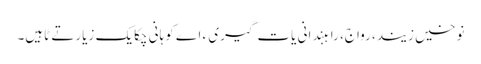
نوخیں زیند، رواج، راہبندانی یات گیری ءَ اے کوہانی چکایک زیارتے ٹاہیں۔